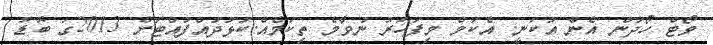
ވޯޓް ހޯދަން އެން އުކަނީ. އެކަމް މިފަހަރު ނުވާމެ ތިކަމެއް.ކުޅުދުއްފުއްޓަށް 2013ގަ ބޮޑު